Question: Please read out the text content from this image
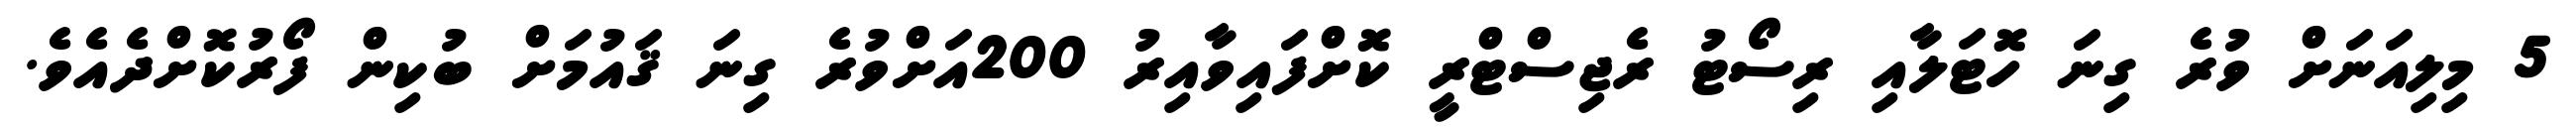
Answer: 5 މިލިއަނަށް ވުރެ ގިނަ ހޮޓަލާއި ރިސޯޓު ރެޖިސްޓްރީ ކޮށްފައިވާއިރު 200އަށްވުރެ ގިނަ ޤައުމަށް ބުކިން ފޯރުކޮށްދެއެވެ.